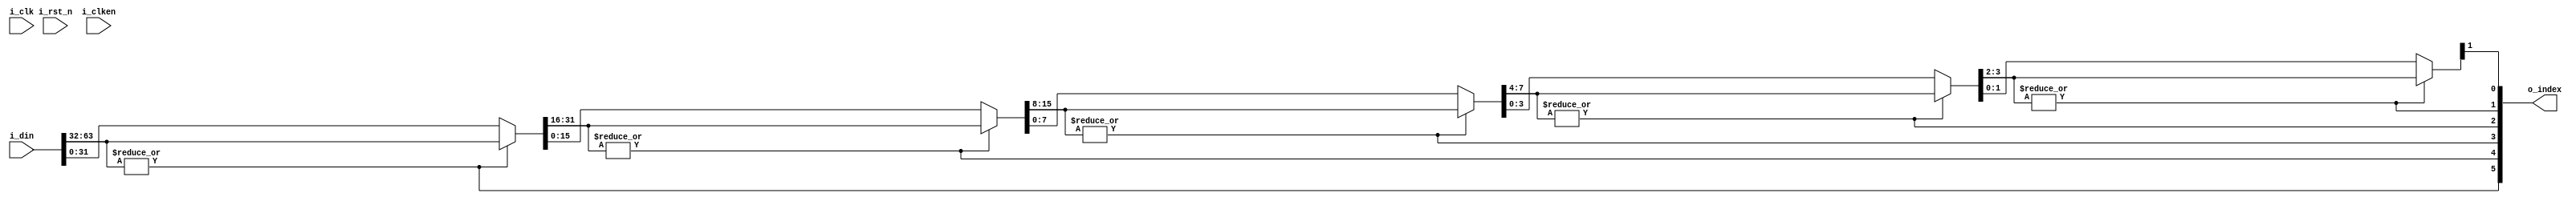
//////////////////////////////////////////////////////////////////////////////
//
// Copyright (c) 2014 PANGO MICROSYSTEMS, INC
// ALL RIGHTS REVERVED.
//
// THE SOURCE CODE CONTAINED HEREIN IS PROPRIETARY TO PANGO MICROSYSTEMS, INC.
// IT SHALL NOT BE REPRODUCED OR DISCLOSED IN WHOLE OR IN PART OR USED BY
// PARTIES WITHOUT WRITTEN AUTHORIZATION FROM THE OWNER.
//
//////////////////////////////////////////////////////////////////////////////
//
// Library:
// Function: find the leftest 1 in the input

//////////////////////////////////////////////////////////////////////////////
`timescale 1ns/1ns

module ipsxe_floating_point_find_one_64bit_v1_0#(parameter LATENCY = 0)(
input i_clk,
input i_rst_n,
input i_clken,
input [63:0] i_din,
output [5:0] o_index
);

//replace_valuex means replace the original value with the calculated value
reg [31:0] replace_value4;
reg [15:0] replace_value3;
reg [7:0] replace_value0;
reg [3:0] replace_value1;
reg [1:0] replace_value2;
reg [5:0] index;
//Dichotomy is used in order to find the index of the first 1

//Check if the fisrt half of the replace_value4 has any 1. If so, give index[4] 1 and pass the fii_rst_n half to replace_value3. Other wise, give index[4] 0 and pass the left half to replace_value3.
//At the same time, index[5] is cached into register to ensure the correct o_index in the final stage.
reg l5_index_dly2, l4_index_dly2;

//Check if the fisrt half of the replace_value3 has any 1. If so, give index[3] 1 and pass the fii_rst_n half to replace_value0. Other wise, give index[3] 0 and pass the left half to replace_value0.
//At the same time, index[4] is cached into register to ensure the correct o_index in the final stage.
reg l5_index_dly3, l4_index_dly3, l3_index_dly3;

//Check if the fisrt half of the replace_value0 has any 1. If so, give index[2] 1 and pass the fii_rst_n half to replace_value1. Other wise, give index[2] 0 and pass the left half to replace_value1.
//At the same time, index[3] and other registers are cached into register to ensure the correct o_index in the final stage.
reg l5_index_dly4, l4_index_dly4, l3_index_dly4, l2_index_dly4;

//Check if the fisrt half of the replace_value1 has any 1. If so, give index[1] 1 and pass the fii_rst_n half to replace_value2. Other wise, give index[1] 0 and pass the left half to replace_value2.
//At the same time, index[2] and other registers are cached into register to ensure the correct o_index in the final stage.
reg l5_index_dly5, l4_index_dly5, l3_index_dly5, l2_index_dly5, l1_index_dly5;

//Firstly, check if the fisrt half of the input has any 1. If so, give index[5] 1 and pass the fii_rst_n half to replace_value4. Other wise, give index[5] 0 and pass the left half to replace_value4.
always@(*)begin
index[5] <= (|i_din[63:32]);
replace_value4 <= index[5] ? i_din[63:32] : i_din[31:0];
end

always@(*)begin index[4] <= (|replace_value4[31:16]); end
//generate for latency
generate
if (LATENCY>=1)begin
always@(posedge i_clk or negedge i_rst_n)begin
if (!i_rst_n)begin
    l5_index_dly2 <= 0;
    replace_value3 <= 0;
    l4_index_dly2 <= 0;
end
else if (i_clken) begin
    l5_index_dly2 <= index[5];
    l4_index_dly2 <= index[4];
    replace_value3 <= index[4] ? replace_value4[31:16] : replace_value4[15:0]; 
end
else begin
    l5_index_dly2 <= l5_index_dly2;
    replace_value3 <= replace_value3;
    l4_index_dly2 <= l4_index_dly2;
end
end
end
else begin
always@(*)begin 
l5_index_dly2 <= index[5];
l4_index_dly2 <= index[4];
replace_value3 <= index[4] ? replace_value4[31:16] : replace_value4[15:0];
end
end
endgenerate

always@(*)begin  index[3] <= (|replace_value3[15:8]); end
//generate for latency
generate
if (LATENCY>=2)begin
always@(posedge i_clk or negedge i_rst_n)begin
if (!i_rst_n)begin
    l5_index_dly3 <= 0;
    l4_index_dly3 <= 0;
    l3_index_dly3 <= 0;
    replace_value0 <= 0;
end
else if (i_clken) begin
    l5_index_dly3 <= l5_index_dly2;
    l4_index_dly3 <= l4_index_dly2;
    l3_index_dly3 <= index[3];
    replace_value0 <= index[3] ? replace_value3[15:8] : replace_value3[7:0];
end
else begin
    l5_index_dly3 <= l5_index_dly3;
    l4_index_dly3 <= l4_index_dly3;
    l3_index_dly3 <= l3_index_dly3;
    replace_value0 <= replace_value0;
end
    end
end
else begin
always@(*)begin
    l5_index_dly3 <= l5_index_dly2;
    l4_index_dly3 <= l4_index_dly2;
    l3_index_dly3 <= index[3];
    replace_value0 <= index[3] ? replace_value3[15:8] : replace_value3[7:0];
end
end
endgenerate

always@(*)begin index[2] <= (|replace_value0[7:4]); end
generate
if (LATENCY>=3)begin
always@(posedge i_clk or negedge i_rst_n)begin
if (!i_rst_n)begin
    l5_index_dly4 <= 0;
    l4_index_dly4 <= 0;
    l3_index_dly4 <= 0;
    l2_index_dly4 <= 0;
    replace_value1 <= 0;
end
else if (i_clken) begin
    l5_index_dly4 <= l5_index_dly3;
    l4_index_dly4 <= l4_index_dly3;
    l3_index_dly4 <= l3_index_dly3;
    l2_index_dly4 <= index[2];
    replace_value1 <= index[2] ? replace_value0[7:4] : replace_value0[3:0];//decide which part contains 1
end
else begin
    l5_index_dly4 <= l5_index_dly4;
    l4_index_dly4 <= l4_index_dly4;
    l3_index_dly4 <= l3_index_dly4;
    l2_index_dly4 <= l2_index_dly4;
    replace_value1 <= replace_value1;
end
end
end
else begin
always@(*)begin
    l5_index_dly4 <= l5_index_dly3;
    l4_index_dly4 <= l4_index_dly3;
    l3_index_dly4 <= l3_index_dly3;
    l2_index_dly4 <= index[2];
    replace_value1 <= index[2] ? replace_value0[7:4] : replace_value0[3:0];//decide which part contains 1
end
end
endgenerate

always@(*)begin index[1] <= (|replace_value1[3:2]); end
//generate for latency
generate
if (LATENCY>=4)begin
always@(posedge i_clk or negedge i_rst_n)begin
if (!i_rst_n)begin
    l5_index_dly5 <= 0;
    l4_index_dly5 <= 0;
    l3_index_dly5 <= 0;
    l2_index_dly5 <= 0;
    replace_value2 <= 0;
    l1_index_dly5 <= 0;
end
else if (i_clken) begin
    l5_index_dly5 <= l5_index_dly4;
    l4_index_dly5 <= l4_index_dly4;
    l3_index_dly5 <= l3_index_dly4;
    l2_index_dly5 <= l2_index_dly4;
    replace_value2 <= index[1] ? replace_value1[3:2] : replace_value1[1:0];
    l1_index_dly5 <= index[1];
end
else begin
    l5_index_dly5 <= l5_index_dly5;
    l4_index_dly5 <= l4_index_dly5;
    l3_index_dly5 <= l3_index_dly5;
    l2_index_dly5 <= l2_index_dly5;
    l1_index_dly5 <= l1_index_dly5;
    replace_value2 <= replace_value2;
end
end
end
else begin
always@(*)begin 
    l5_index_dly5 <= l5_index_dly4;
    l4_index_dly5 <= l4_index_dly4;
    l3_index_dly5 <= l3_index_dly4;
    l2_index_dly5 <= l2_index_dly4;
    replace_value2 <= index[1] ? replace_value1[3:2] : replace_value1[1:0];
    l1_index_dly5 <= index[1];
end
end
endgenerate

always@(*)begin
index[0] <= replace_value2[1];
end

//Fianlly, assign the contacted and cached signals to output o_index
assign o_index = {l5_index_dly5,l4_index_dly5,l3_index_dly5,l2_index_dly5,l1_index_dly5,index[0]};
endmodule